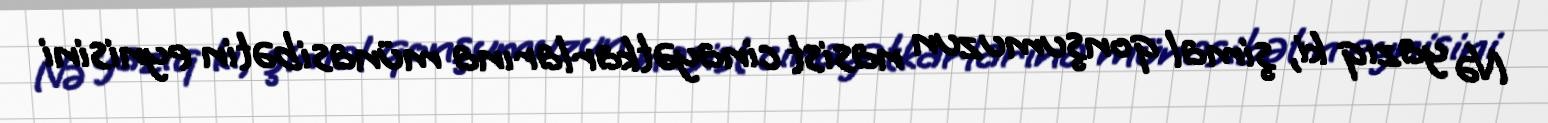
Nə yazıq ki, şimal qonşumuzun nasist cinayətkarlarına münasibətin eynisini